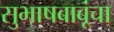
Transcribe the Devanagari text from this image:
सुभाषबाबूंचा